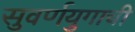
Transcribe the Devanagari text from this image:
सुवर्णयुगाची